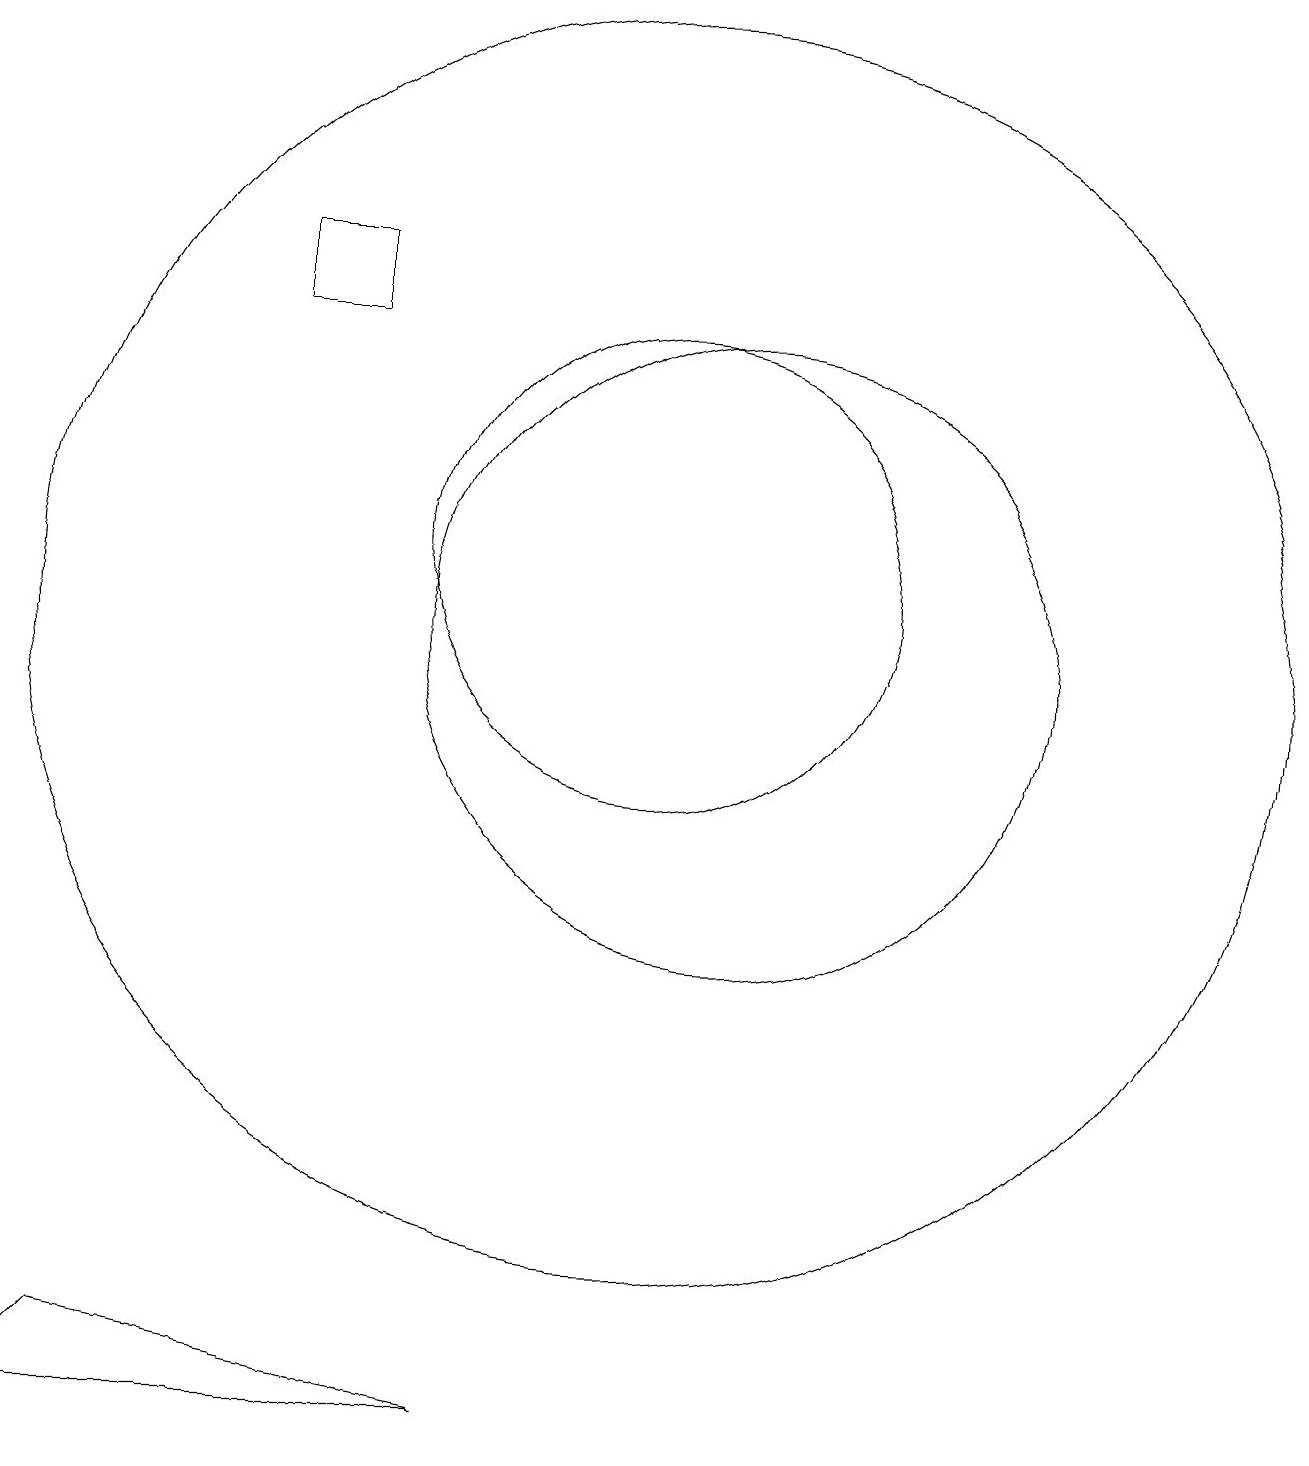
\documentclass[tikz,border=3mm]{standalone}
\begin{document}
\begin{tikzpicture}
\draw (10,10) circle (8);
\draw (11,10) circle (4);
\draw (5,15) rectangle (6,14);
\draw (10,11) circle (3);
\draw (2,0) -- (3,1) -- (8,0) -- cycle;
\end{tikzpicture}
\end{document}